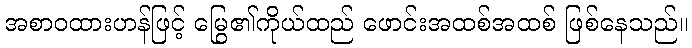
အစာဝထားဟန်ဖြင့် မြွေ၏ကိုယ်ထည် ဖောင်းအထစ်အထစ် ဖြစ်နေသည်။